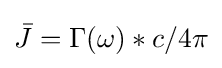
{\bar {J}}=\Gamma (\omega )*c/4\pi